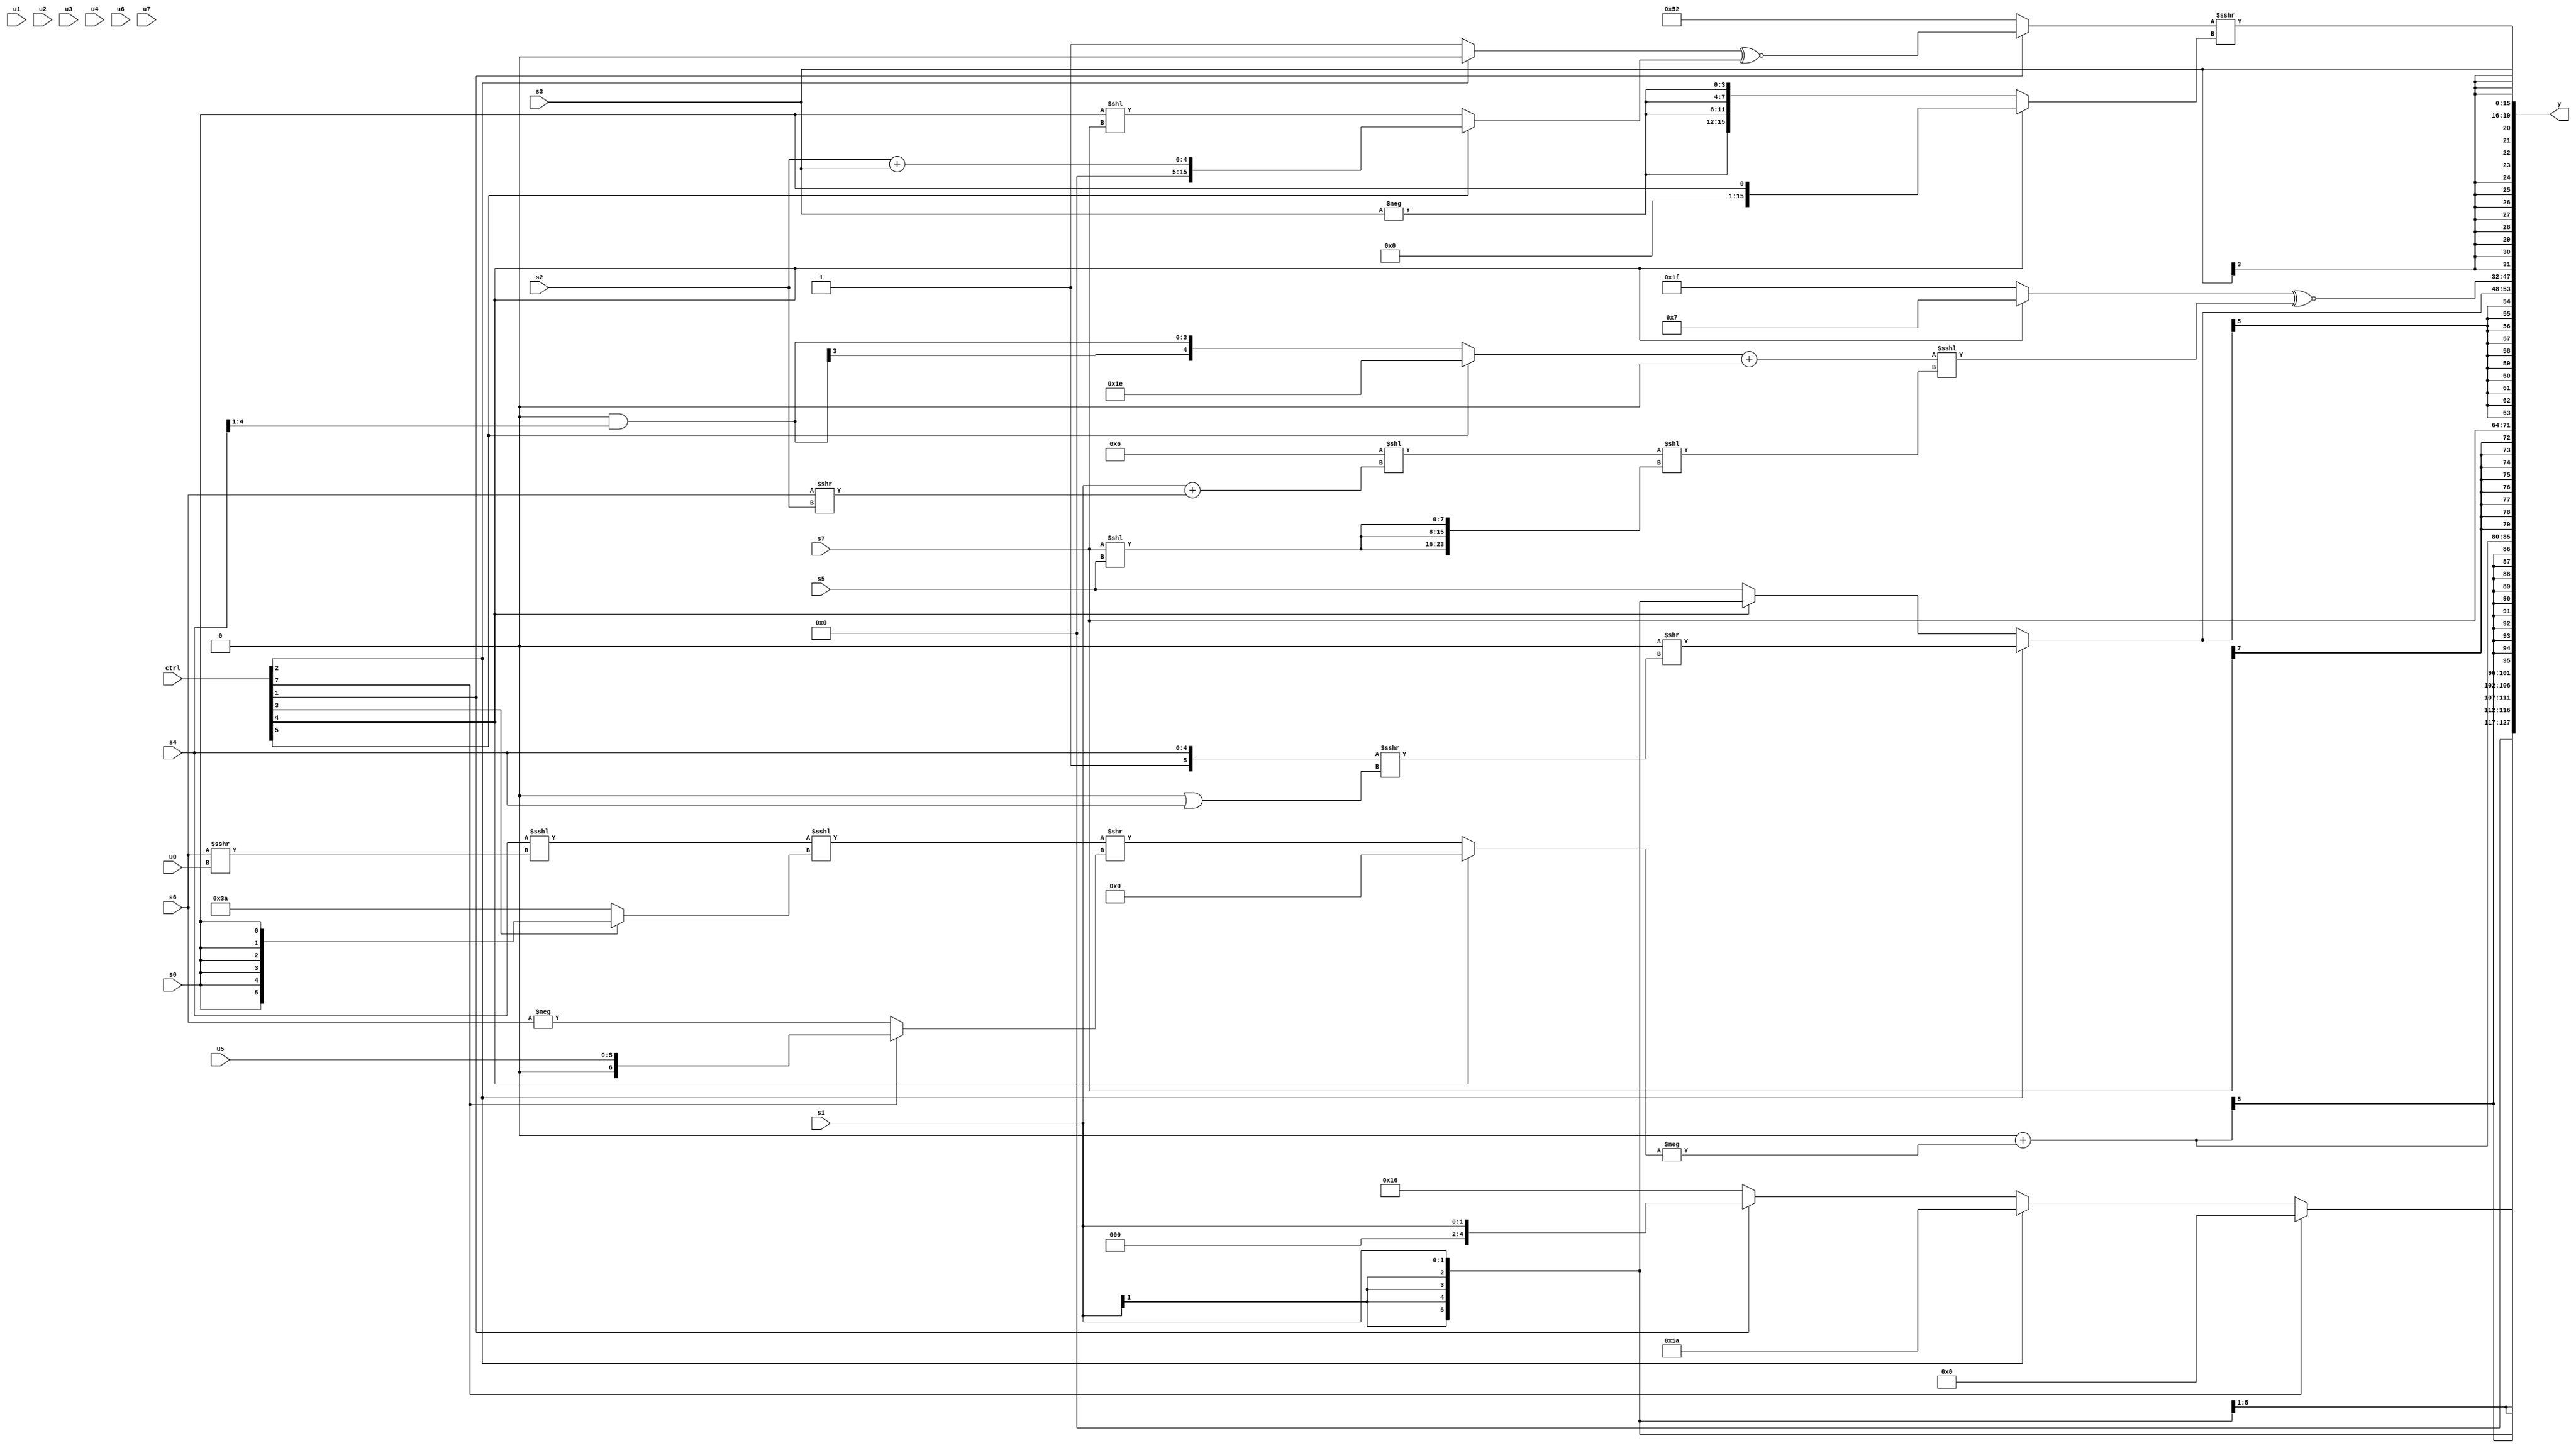
module wideexpr_00231(ctrl, u0, u1, u2, u3, u4, u5, u6, u7, s0, s1, s2, s3, s4, s5, s6, s7, y);
  input [7:0] ctrl;
  input [0:0] u0;
  input [1:0] u1;
  input [2:0] u2;
  input [3:0] u3;
  input [4:0] u4;
  input [5:0] u5;
  input [6:0] u6;
  input [7:0] u7;
  input signed [0:0] s0;
  input signed [1:0] s1;
  input signed [2:0] s2;
  input signed [3:0] s3;
  input signed [4:0] s4;
  input signed [5:0] s5;
  input signed [6:0] s6;
  input signed [7:0] s7;
  output [127:0] y;
  wire [15:0] y0;
  wire [15:0] y1;
  wire [15:0] y2;
  wire [15:0] y3;
  wire [15:0] y4;
  wire [15:0] y5;
  wire [15:0] y6;
  wire [15:0] y7;
  assign y = {y0,y1,y2,y3,y4,y5,y6,y7};
  assign y0 = (ctrl[7]?(((ctrl[1]?(2'sb10)<<<(3'sb101):6'sb010000))-(+((s3)^~(2'b11))))>>({1{{3{2'sb11}}}}):((ctrl[2]?5'sb11010:(ctrl[1]?s1:$signed(6'b010110))))<<(-(3'b000)));
  assign y1 = s1;
  assign y2 = $signed(((6'sb000001)>>((2'b01)>>($signed((^((5'sb10011)<<<(2'sb00)))^~((&(4'sb1101))^~(1'b1))))))+(-((ctrl[4]?1'sb0:((($signed(s4))<<<((s6)>>>(u0)))<<<($signed((ctrl[3]?s0:6'sb111010))))>>((ctrl[7]?(ctrl[7]?+(u5):(s5)<<<(s5)):-(s6)))))));
  assign y3 = s7;
  assign y4 = $signed((ctrl[2]?(2'sb00)>>(({1'sb1,s4})>>>((1'sb0)|(s4))):(ctrl[4]?s1:s5)));
  assign y5 = +(((ctrl[4]?5'sb00111:$signed(5'sb11111)))^~((({(ctrl[5]?5'sb11110:(1'sb0)&((s4)>>>(1'sb1)))})+({1'sb0}))<<<((((5'sb11110)-(4'sb1000))<<($signed((s1)+((s6)>>(s2)))))<<({1{{3{(s7)<<(s5)}}}}))));
  assign y6 = s3;
  assign y7 = ((ctrl[1]?((ctrl[2]?(5'sb00011)>>(6'b010101):1'sb1))^~((ctrl[5]?(s2)+(s3):(s0)<<(s7))):+({{5'b10100,2'sb10}})))>>>((ctrl[4]?{1{$unsigned(s0)}}:{4{-($unsigned(s3))}}));
endmodule